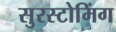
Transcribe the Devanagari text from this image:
सुरस्टोमिंग